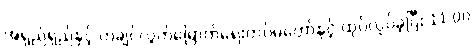
အရှည်ရှည်နှင့် ကချင်လွတ်မြောက်ရေးတပ်မတော်နှင့် ထုပ်လုပ်ခဲ့ပြီး 11:00